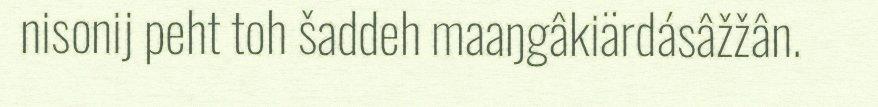
nisonij peht toh šaddeh maaŋgâkiärdásâžžân.